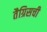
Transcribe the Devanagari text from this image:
तैग्रिसची